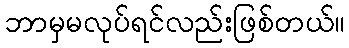
ဘာမှမလုပ်ရင်လည်းဖြစ်တယ်။